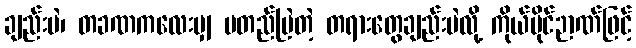
ချည်းပဲ၊ တခဏကလေးမျှ မတည်မြဲတဲ့ တရားတွေချည်းပဲလို့ ကိုယ်ပိုင်ဉာဏ်ဖြင့်